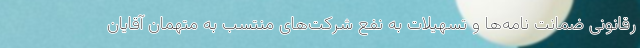
رقانونی ضمانت نامه‌ها و تسهیلات به نفع شرکت‌های منتسب به متهمان آقایان